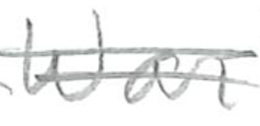
Text: War
Cross-out: double-line
Writing tool: pencil